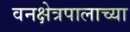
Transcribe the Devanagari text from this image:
वनक्षेत्रपालाच्या